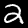
Digit: 2